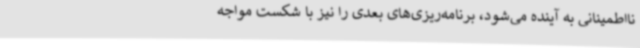
نااطمینانی به آینده می‌شود، برنامه‌ریزی‌های بعدی را نیز با شکست مواجه